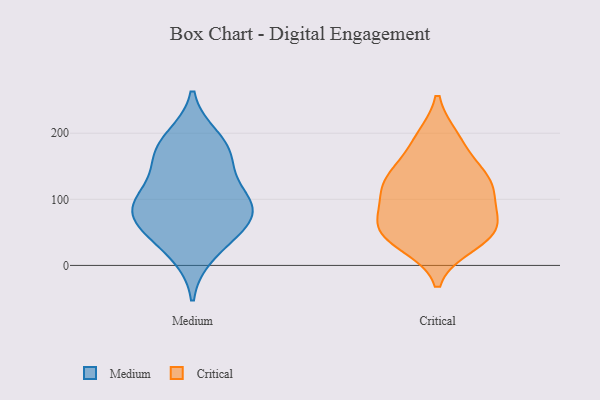
{"axis": {"x": "Tickets Resolved", "y": "Value"}, "legend": ["Critical", "Medium"], "data": [{"x": "", "y": 170, "type": "Medium"}, {"x": "", "y": 149, "type": "Medium"}, {"x": "", "y": 101, "type": "Medium"}, {"x": "", "y": 87, "type": "Medium"}, {"x": "", "y": 192, "type": "Medium"}, {"x": "", "y": 56, "type": "Medium"}, {"x": "", "y": 101, "type": "Medium"}, {"x": "", "y": 74, "type": "Medium"}, {"x": "", "y": 175, "type": "Medium"}, {"x": "", "y": 89, "type": "Medium"}, {"x": "", "y": 18, "type": "Medium"}, {"x": "", "y": 49, "type": "Medium"}, {"x": "", "y": 39, "type": "Critical"}, {"x": "", "y": 63, "type": "Critical"}, {"x": "", "y": 132, "type": "Critical"}, {"x": "", "y": 69, "type": "Critical"}, {"x": "", "y": 192, "type": "Critical"}, {"x": "", "y": 32, "type": "Critical"}, {"x": "", "y": 118, "type": "Critical"}, {"x": "", "y": 51, "type": "Critical"}, {"x": "", "y": 71, "type": "Critical"}, {"x": "", "y": 148, "type": "Critical"}, {"x": "", "y": 128, "type": "Critical"}, {"x": "", "y": 47, "type": "Critical"}, {"x": "", "y": 106, "type": "Critical"}, {"x": "", "y": 117, "type": "Critical"}, {"x": "", "y": 190, "type": "Critical"}]}